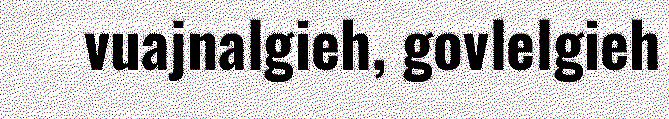
vuajnalgieh, govlelgieh